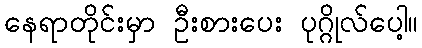
နေရာတိုင်းမှာ ဦးစားပေး ပုဂ္ဂိုလ်ပေါ့။